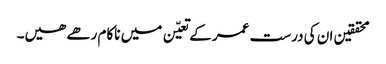
محققین ان کی درست عمر کے تعیّن میں ناکام رھے ھیں۔